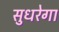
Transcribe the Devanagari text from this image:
सुधरेगा